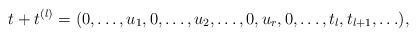
\begin{align*}t+t^{(l)}=( 0,\ldots,u_1,0,\ldots,u_2,\ldots,0, u_r,0,\ldots,t_l,t_{l+1},\ldots ),\end{align*}